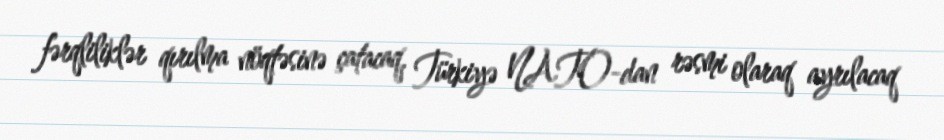
fərqliliklər qırılma nöqtəsinə çatacaq, Türkiyə NATO-dan rəsmi olaraq ayrılacaq